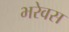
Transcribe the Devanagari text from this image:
भरेवस